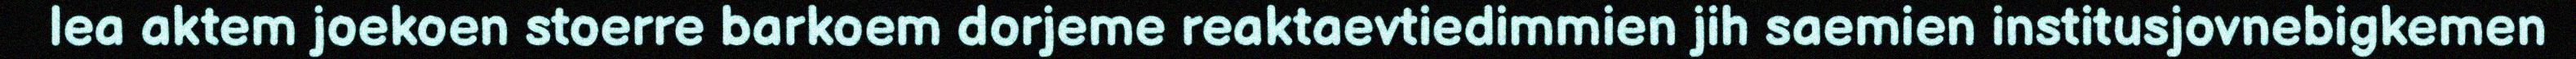
lea aktem joekoen stoerre barkoem dorjeme reaktaevtiedimmien jih saemien institusjovnebigkemen